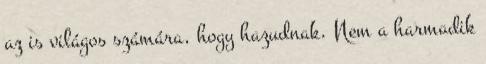
az is világos számára, hogy hazudnak. Nem a harmadik